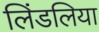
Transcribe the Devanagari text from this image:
लिंडलिया